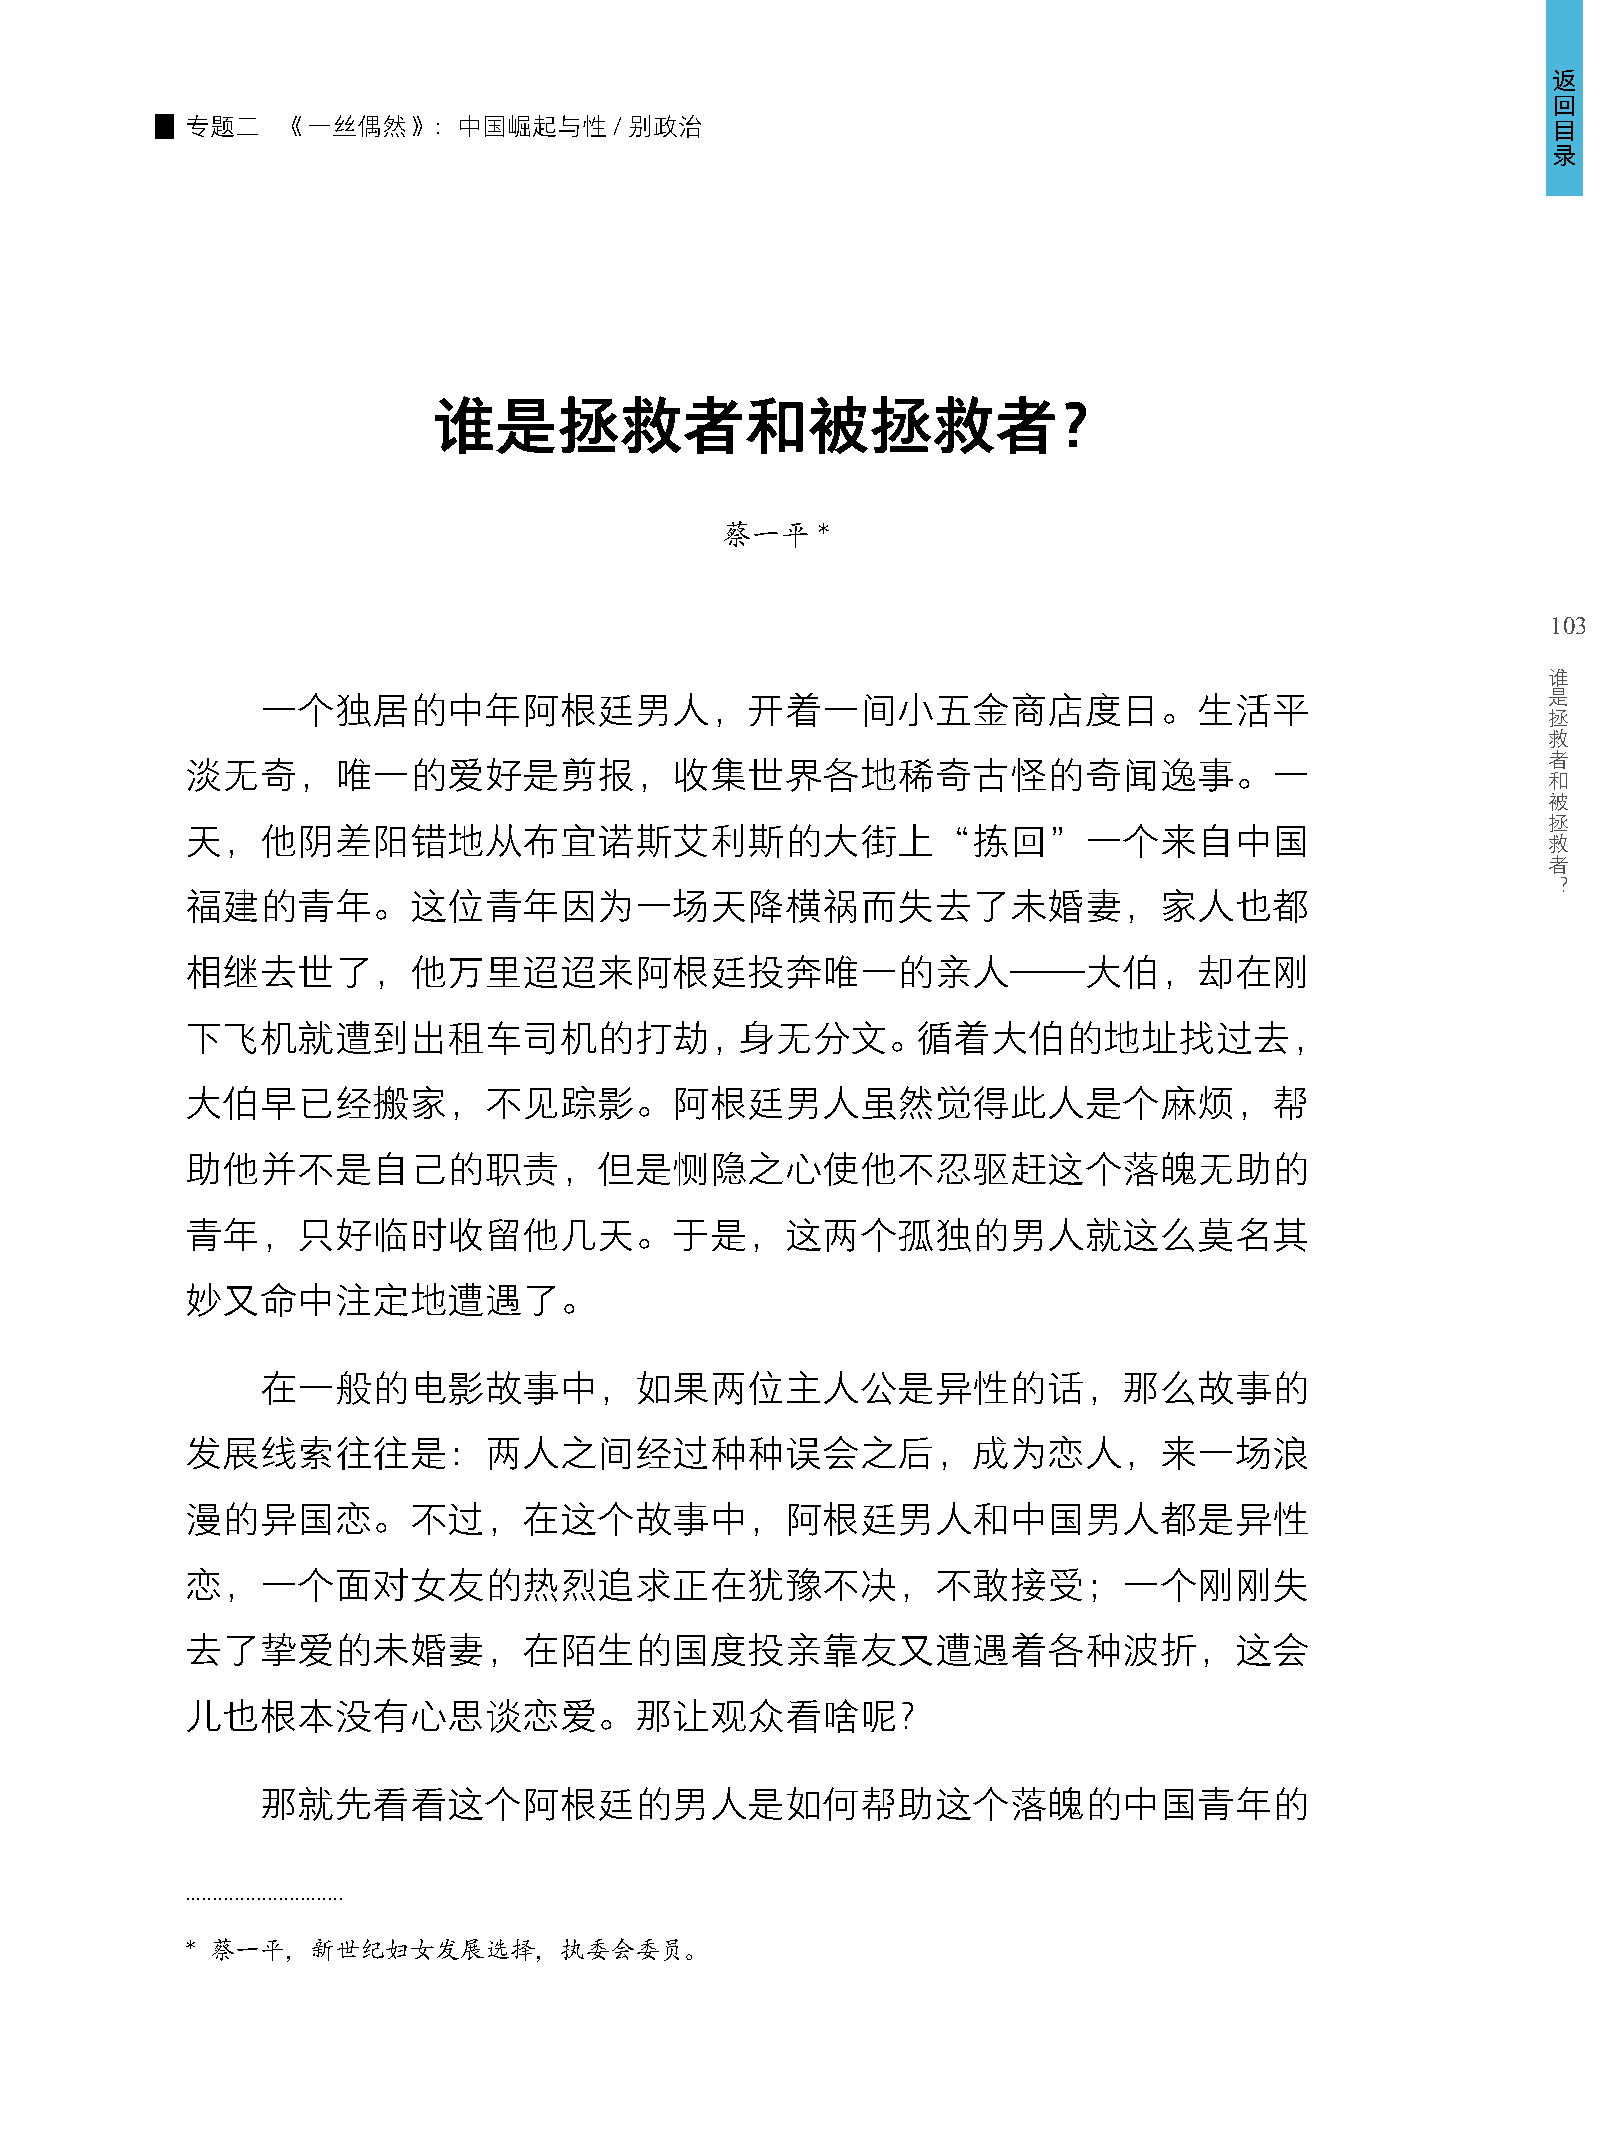
返
 回
 专题二    《一丝偶然》：中国崛起与性/别政治                                                                   目
 录
 谁是拯救者和被拯救者？
 蔡一平   *
 103
 谁
 是
 一个独居的中年阿根廷男人，开着一间小五金商店度日。生活平
 拯
 救
 者
 淡无奇，唯一的爱好是剪报，收集世界各地稀奇古怪的奇闻逸事。一
 和
 被
 拯
 天，他阴差阳错地从布宜诺斯艾利斯的大街上“拣回”一个来自中国                                                            救
 者
 ？
 福建的青年。这位青年因为一场天降横祸而失去了未婚妻，家人也都
 相继去世了，他万里迢迢来阿根廷投奔唯一的亲人——大伯，却在刚
 下飞机就遭到出租车司机的打劫，身无分文。循着大伯的地址找过去，
 大伯早已经搬家，不见踪影。阿根廷男人虽然觉得此人是个麻烦，帮
 助他并不是自己的职责，但是恻隐之心使他不忍驱赶这个落魄无助的
 青年，只好临时收留他几天。于是，这两个孤独的男人就这么莫名其
 妙又命中注定地遭遇了。
 在一般的电影故事中，如果两位主人公是异性的话，那么故事的
 发展线索往往是：两人之间经过种种误会之后，成为恋人，来一场浪
 漫的异国恋。不过，在这个故事中，阿根廷男人和中国男人都是异性
 恋，一个面对女友的热烈追求正在犹豫不决，不敢接受；一个刚刚失
 去了挚爱的未婚妻，在陌生的国度投亲靠友又遭遇着各种波折，这会
 儿也根本没有心思谈恋爱。那让观众看啥呢？
 那就先看看这个阿根廷的男人是如何帮助这个落魄的中国青年的
 .............................
 * 蔡一平，新世纪妇女发展选择，执委会委员。